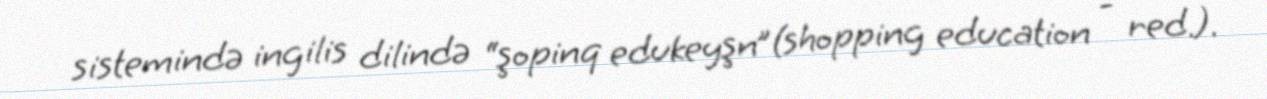
sistemində ingilis dilində “şopinq edukeyşn”(shopping education - red.).